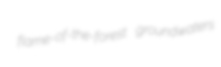
flame-of-the-forest groundwaters